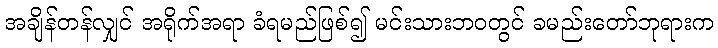
အချိန်တန်လျှင် အရိုက်အရာ ခံရမည်ဖြစ်၍ မင်းသားဘဝတွင် ခမည်းတော်ဘုရားက